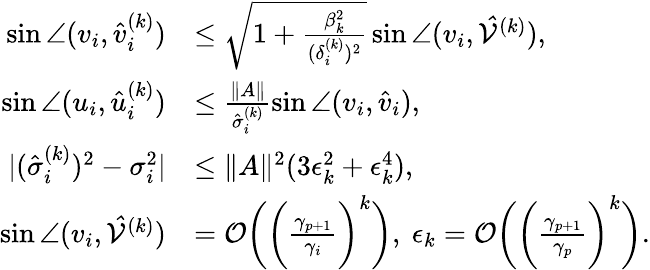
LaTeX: \begin{array}{rl}{\sin\angle(v_{i},\hat{v}_{i}^{(k)})}&{\leq\sqrt{1+\frac{\beta_{k}^{2}}{(\delta_{i}^{(k)})^{2}}}\sin\angle(v_{i},\mathcal{\hat{V}}^{(k)}),}\\ {\sin\angle(u_{i},\hat{u}_{i}^{(k)})}&{\leq\frac{\| A\| }{\hat{\sigma}_{i}^{(k)}}\sin\angle(v_{i},\hat{v}_{i}),}\\ {|(\hat{\sigma}_{i}^{(k)})^{2}-\sigma_{i}^{2}|}&{\leq\| A\| ^{2}(3\epsilon_{k}^{2}+\epsilon_{k}^{4}),}\\ {\sin\angle(v_{i},\mathcal{\hat{V}}^{(k)})}&{=\mathcal{O}\biggl(\biggl(\frac{\gamma_{p+1}}{\gamma_{i}}\biggr)^{k}\biggr),\ \epsilon_{k}=\mathcal{O}\biggl(\biggl(\frac{\gamma_{p+1}}{\gamma_{p}}\biggr)^{k}\biggr).}\end{array}